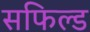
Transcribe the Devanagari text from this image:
सफिल्ड